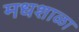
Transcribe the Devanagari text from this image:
मधशाळा